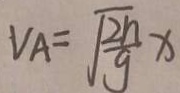
V _ { A } = \sqrt { \frac { 2 h } { g } } x